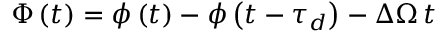
\Phi \left( t \right) = \phi \left( t \right) - \phi \left( t - \tau _ { d } \right) - \Delta \Omega \, t